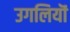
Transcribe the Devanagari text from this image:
उगलियॊं